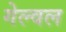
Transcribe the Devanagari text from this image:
गेल्वल